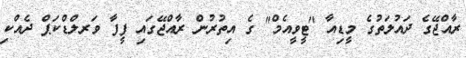
ރާއްޖޭގެ ދައުލަތުގެ މީޑިއާ "ޓީވީއެމް" ގެ އިތުރުން ރާއްޖޭގައި ފީފާ ވަރލްޑްކަޕް ދެއްކި